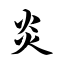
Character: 炎